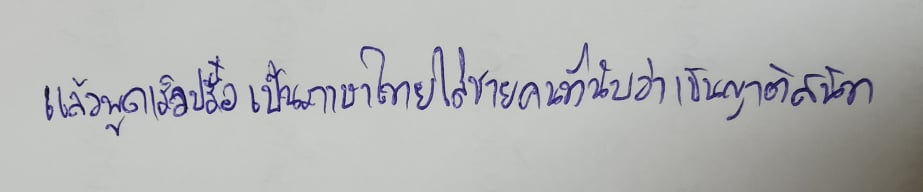
แล้วพูดเร็วปรื๋อเป็นภาษาไทยใส่ชายคนที่นับว่าเป็นญาติสนิท